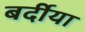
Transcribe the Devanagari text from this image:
बर्दीया